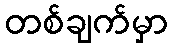
တစ်ချက်မှာ